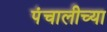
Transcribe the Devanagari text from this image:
पंचालीच्या